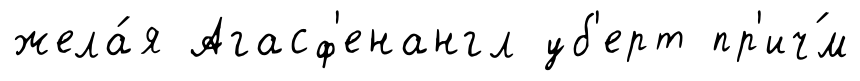
жела́я Агасф'енангл уб'ерт пр'ич́м